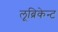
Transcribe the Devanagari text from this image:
लूब्रिकेन्ट